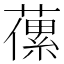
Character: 𦽝